Document type: payment_order
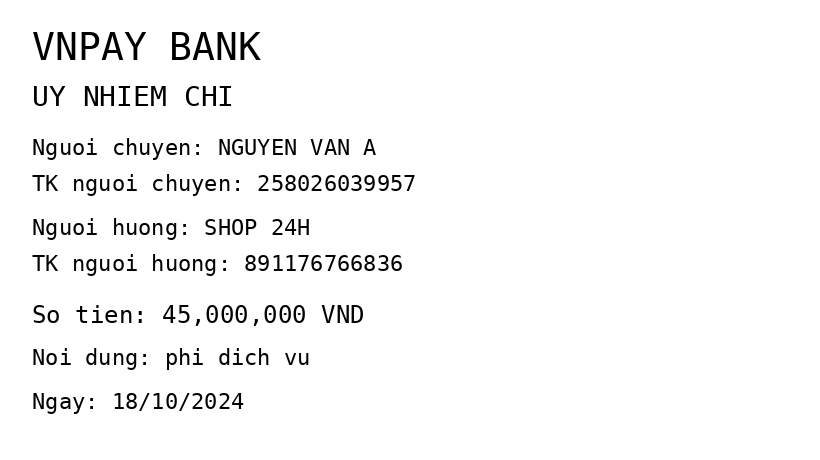
OCR transcript:
VNPAY BANK
UY NHIEM CHI
Nguoi chuyen: NGUYEN VAN A
TK nguoi chuyen: 258026039957
Nguoi huong: SHOP 24H
TK nguoi huong: 891176766836
So tien: 45,000,000 VND
Noi dung: phi dich vu
Ngay: 18/10/2024
Extracted fields:
bank_name: vnpay bank
sender_name: nguyen van a
sender_account: 258026039957
beneficiary_name: shop 24h
beneficiary_account: 891176766836
amount: 45000000
content: phi dich vu
date: 2024-10-18